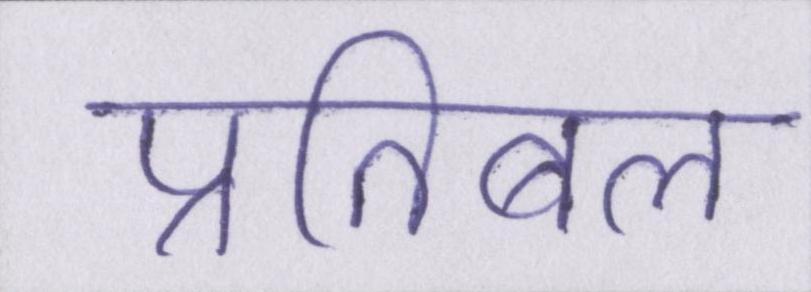
प्रतिबल